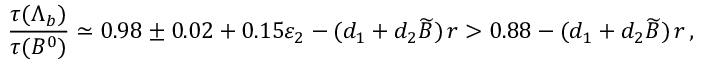
{ \frac { \tau ( \Lambda _ { b } ) } { \tau ( B ^ { 0 } ) } } \simeq 0 . 9 8 \pm 0 . 0 2 + 0 . 1 5 \varepsilon _ { 2 } - ( d _ { 1 } + d _ { 2 } \widetilde B ) \, r > 0 . 8 8 - ( d _ { 1 } + d _ { 2 } \widetilde B ) \, r \, ,